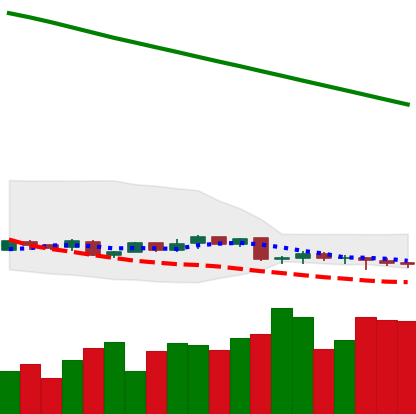
Ticker: XMR-USD
Chart end date: 2019-02-04
Forward return: 13.457%
Label: up_7plus